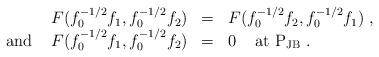
\begin{align*}\begin{array}{rll}F(f_{0}^{-1/2}f_{1},f_{0}^{-1/2}f_{2})&=&F(f_{0}^{-1/2}f_{2},f_{0}^{-1/2}f_{1})\;,\\\mbox{ and }\;\;\;F(f_{0}^{-1/2}f_{1},f_{0}^{-1/2}f_{2})&=&0\;\;\;\mbox{ at }{\rm P}_{\rm JB}\;.\end{array}\end{align*}